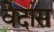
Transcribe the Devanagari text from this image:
वेदांस